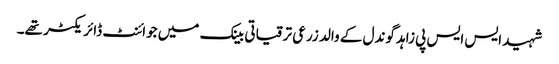
شہید ایس ایس پی زاہد گوندل کے والد زرعی ترقیاتی بینک میں جوائنٹ ڈائریکٹر تھے۔